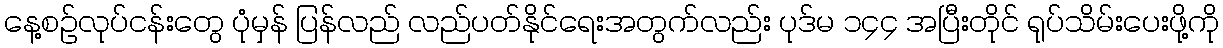
နေ့စဉ်လုပ်ငန်းတွေ ပုံမှန် ပြန်လည် လည်ပတ်နိုင်ရေးအတွက်လည်း ပုဒ်မ ၁၄၄ အပြီးတိုင် ရုပ်သိမ်းပေးဖို့ကို